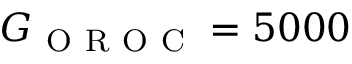
G _ { \mathrm { ~ O ~ R ~ O ~ C ~ } } = 5 0 0 0